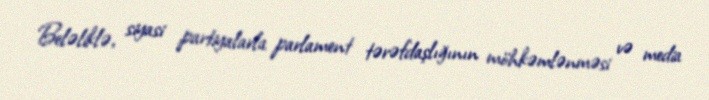
Beləliklə, siyasi partiyalarla parlament tərəfdaşlığının möhkəmlənməsi və media